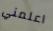
اعلمني